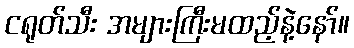
ငရုတ်သီး အများကြီးမထည့်နဲ့နော်။